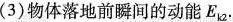
(3)物体落地前瞬间的动能E_{k2}.